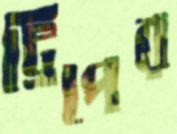
ট্রিপের